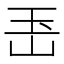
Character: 𤣶